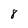
Character: 8